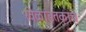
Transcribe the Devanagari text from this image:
खेळांइतकाच